Report of an investigation into the causes of malaria in Bombay and the measures necessary for its control
Disease focus: Malaria
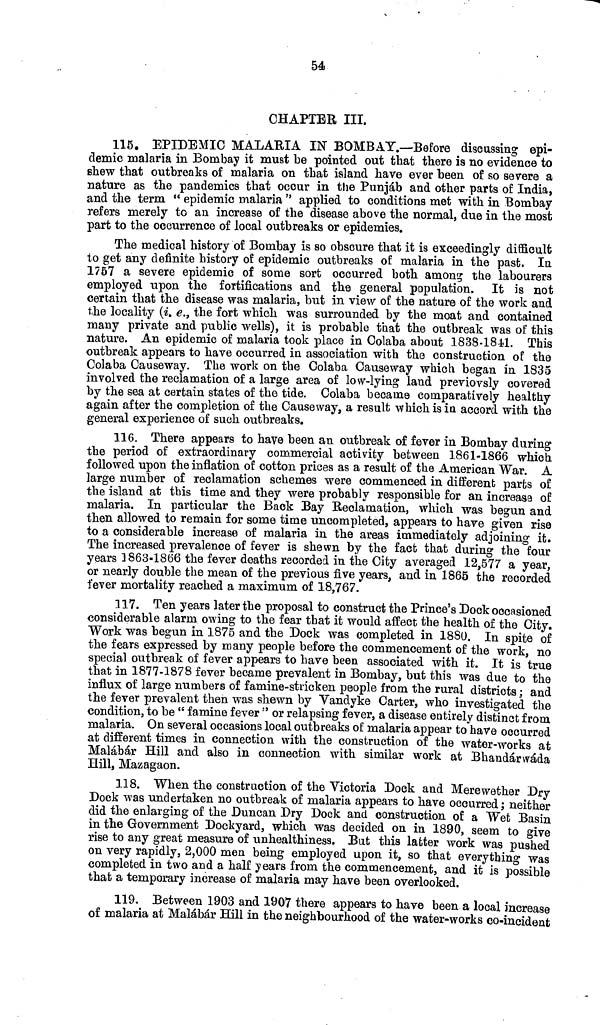
54
CHAPTER III.
115. EPIDEMIC MALARIA IN BOMBAY.—Before discussing epi-
demic malaria in Bombay it must be pointed out that there is no evidence to
shew that outbreaks of malaria on that island have ever been of so severe a
nature as the pandemics that occur in the Punjáb and other parts of India,
and the term "epidemic malaria" applied to conditions met with in Bombay
refers merely to an increase of the disease above the normal, due in the most
part to the occurrence of local outbreaks or epidemies.
The medical history of Bombay is so obscure that it is exceedingly difficult
to get any definite history of epidemic outbreaks of malaria in the past. In
1757 a severe epidemic of some sort occurred both among the labourers
employed upon the fortifications and the general population. It is not
certain that the disease was malaria, but in view of the nature of the work and
the locality (i. e., the fort which was surrounded by the moat and contained
many private and public wells), it is probable that the outbreak was of this
nature. An epidemic of malaria took place in Colaba about 1838-1841. This
outbreak appears to have occurred in association with the construction of the
Colaba Causeway. The work on the Colaba Causeway which began in 1835
involved the reclamation of a large area of low-lying land previovsly covered
by the sea at certain states of the tide. Colaba became comparatively healthy
again after the completion of the Causeway, a result which is in accord with the
general experience of such outbreaks.
116. There appears to have been an outbreak of fever in Bombay during
the period of extraordinary commercial activity between 1861-1866 which
followed upon the inflation of cotton prices as a result of the American War. A
large number of reclamation schemes were commenced in different parts of
the island at this time and they were probably responsible for an increase of
malaria. In particular the Back Bay Reclamation, which was begun and
then allowed to remain for some time uncompleted, appears to have given rise
to a considerable increase of malaria in the areas immediately adjoining it.
The increased prevalence of fever is shewn by the fact that during the four
years 1863-1866 the fever deaths recorded in the City averaged 12,577 a year,
or nearly double the mean of the previous five years, and in 1865 the recorded
fever mortality reached a maximum of 18,767.
117. Ten years later the proposal to construct the Prince's Dock occasioned
considerable alarm owing to the fear that it would affect the health of the City.
Work was begun in 1875 and the Dock was completed in 1880. In spite of
the fears expressed by many people before the commencement of the work, no
special outbreak of fever appears to have been associated with it. It is true
that in 1877-1878 fever became prevalent in Bombay, but this was due to the
influx of large numbers of famine-stricken people from the rural districts ; and
the fever prevalent then was shewn by Vandyke Carter, who investigated the
condition, to be "famine fever " or relapsing fever, a disease entirely distinct from
malaria. On several occasions local outbreaks of malaria appear to have occurred
at different times in connection with the construction of the water-works at
Malábár Hill and also in connection with similar work at Bhandárwáda
Hill, Mazagaon.
118. When the construction of the Victoria Dock and Merewether Dry
Dock was undertaken no outbreak of malaria appears to have occurred; neither
did the enlarging of the Duncan Dry Dock and construction of a Wet Basin
in the Government Dockyard, which was decided on in 1890, seem to give
rise to any great measure of unhealthiness. But this latter work was pushed
on very rapidly, 2,000 men being employed upon it, so that everything was
completed in two and a half years from the commencement, and it is possible
that a temporary increase of malaria may have been overlooked.
119. Between 1903 and 1907 there appears to have been a local increase
of malaria at Malábár Hill in the neighbourhood of the water-works co-incident